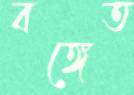
বঙ্গেত